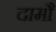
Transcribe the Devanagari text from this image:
दामौ